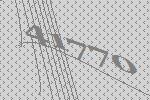
41770